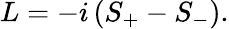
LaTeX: L=-i\left(S_{+}-S_{-}\right).